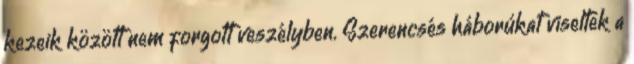
kezeik között nem forgott veszélyben. Szerencsés háborúkat viseltek a